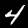
Digit: 4